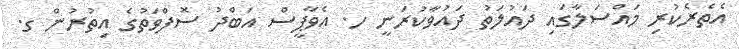
އެތެރެކުރި މައްސަލާގައި ދައުލަތު ދައުވާކުރަނީ ހ. އެވާޕީސް އަބްދު ސޮފްވަތުގެ އިތުރުން ގ.